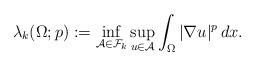
LaTeX: \begin{align*}\lambda_k(\Omega; p) := \inf\limits_{\mathcal{A} \in \mathcal{F}_k} \sup\limits_{u \in \mathcal{A}} \int_{\Omega} |\nabla u|^p \, dx.\end{align*}